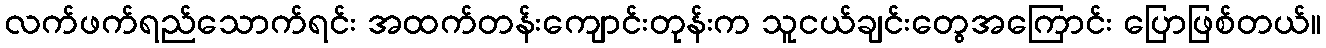
လက်ဖက်ရည်သောက်ရင်း အထက်တန်းကျောင်းတုန်းက သူငယ်ချင်းတွေအကြောင်း ပြောဖြစ်တယ်။